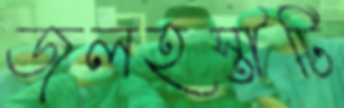
জলহস্তীটি